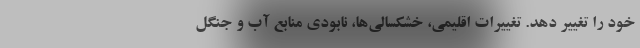
خود را تغییر دهد. تغییرات اقلیمی، خشکسالی‌ها، نابودی منابع آب و جنگل